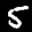
Label: 5